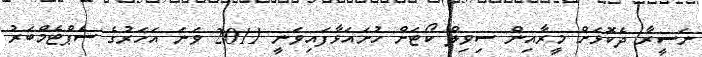
ނަސީރާ ދެކޮޅަށް މީރާއިން ސިވިލް ކޯޓަށް ހުށައަޅާފައިވަނީ 2011 ވަނަ އަހަރުގެ ސެޕްޓެމްބަރު